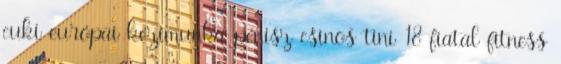
cuki európai kézimunka pénisz csinos tini 18 fiatal fitness